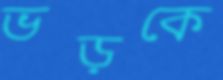
ভড়কে